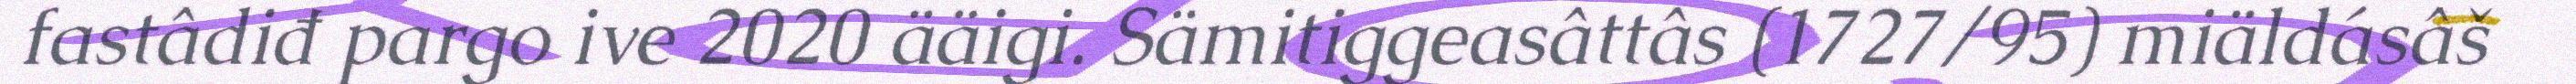
fastâdiđ pargo ive 2020 ääigi. Sämitiggeasâttâs (1727/95) miäldásâš